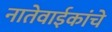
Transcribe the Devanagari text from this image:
नातेवाईकांचे